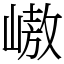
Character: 㠂